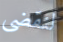
لنقضي